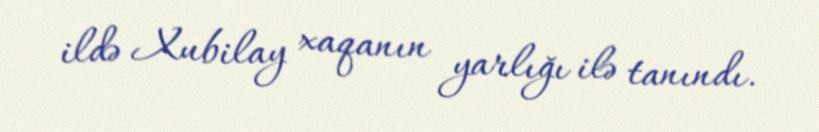
ildə Xubilay xaqanın yarlığı ilə tanındı.